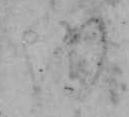
を